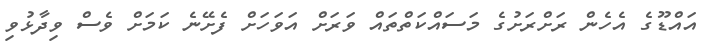
އައްޑޫގެ އެހެން ރަށްރަށުގެ މަސައްކަތްތައް ވަރަށް އަވަހަށް ފެށޭނެ ކަމަށް ވެސް ވިދާޅުވި